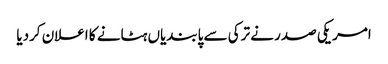
امریکی صدر نے ترکی سے پابندیاں ہٹانے کا اعلان کردیا